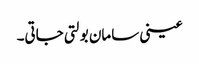
عینی سامان بولتی جاتی۔